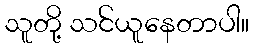
သူတို့ သင်ယူနေတာပါ။